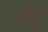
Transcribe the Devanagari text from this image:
हंतु